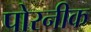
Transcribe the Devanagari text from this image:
पोरनीक